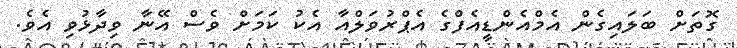
ގޮތަށް ބަލައިގެން އެމްއެންޑީއެފްގެ އެޕްރުވަލްއާ އެކު ކަމަށް ވެސް އޭނާ ވިދާޅުވި އެވެ.